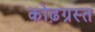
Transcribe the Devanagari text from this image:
कोढ़ग्रस्त